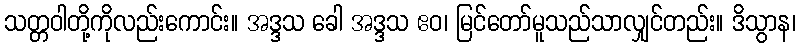
သတ္တဝါတို့ကိုလည်းကောင်း။ အဒ္ဒသ ခေါ အဒ္ဒသ ဧဝ၊ မြင်တော်မူသည်သာလျှင်တည်း။ ဒိသွာန၊